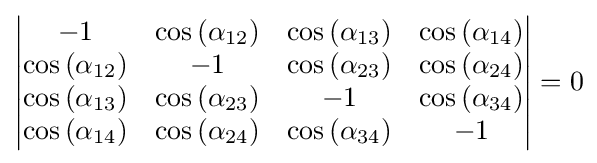
{\begin{vmatrix}-1&\cos {(\alpha _{12})}&\cos {(\alpha _{13})}&\cos {(\alpha _{14})}\\\cos {(\alpha _{12})}&-1&\cos {(\alpha _{23})}&\cos {(\alpha _{24})}\\\cos {(\alpha _{13})}&\cos {(\alpha _{23})}&-1&\cos {(\alpha _{34})}\\\cos {(\alpha _{14})}&\cos {(\alpha _{24})}&\cos {(\alpha _{34})}&-1\\\end{vmatrix}}=0